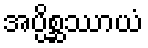
အပ္ပိစ္ဆဿာယံ